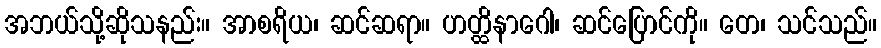
အဘယ်သို့ဆိုသနည်း။ အာစရိယ၊ ဆင်ဆရာ။ ဟတ္ထိနာဂေါ၊ ဆင်ပြောင်ကို။ တေ၊ သင်သည်။